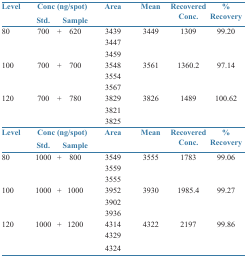
<table><thead><tr><td><b>Level</b></td><td><b>Conc</b></td><td><b>(ng/spot)</b></td><td><b>Area</b></td><td><b>Mean</b></td><td><b>Recovered</b></td><td><b>%</b></td></tr><tr><td></td><td><b>Std.</b></td><td><b>Sample</b></td><td></td><td></td><td><b>Conc.</b></td><td><b>Recovery</b></td></tr></thead><tbody><tr><td>80</td><td>700</td><td>+ 620</td><td>3439</td><td>3449</td><td>1309</td><td>99.20</td></tr><tr><td></td><td></td><td></td><td>3447</td><td></td><td></td><td></td></tr><tr><td></td><td></td><td></td><td>3459</td><td></td><td></td><td></td></tr><tr><td>100</td><td>700</td><td>+ 700</td><td>3548</td><td>3561</td><td>1360.2</td><td>97.14</td></tr><tr><td></td><td></td><td></td><td>3554</td><td></td><td></td><td></td></tr><tr><td></td><td></td><td></td><td>3567</td><td></td><td></td><td></td></tr><tr><td>120</td><td>700</td><td>+ 780</td><td>3829</td><td>3826</td><td>1489</td><td>100.62</td></tr><tr><td></td><td></td><td></td><td>3821</td><td></td><td></td><td></td></tr><tr><td></td><td></td><td></td><td>3825</td><td></td><td></td><td></td></tr><tr><td><b>Level</b></td><td><b>Conc</b></td><td><b>(ng/spot)</b></td><td><b>Area</b></td><td><b>Mean</b></td><td><b>Recovered</b></td><td><b>%</b></td></tr><tr><td></td><td><b>Std.</b></td><td><b>Sample</b></td><td></td><td></td><td><b>Conc.</b></td><td><b>Recovery</b></td></tr><tr><td>80</td><td>1000</td><td>+ 800</td><td>3549</td><td>3555</td><td>1783</td><td>99.06</td></tr><tr><td></td><td></td><td></td><td>3559</td><td></td><td></td><td></td></tr><tr><td></td><td></td><td></td><td>3555</td><td></td><td></td><td></td></tr><tr><td>100</td><td>1000</td><td>+ 1000</td><td>3952</td><td>3930</td><td>1985.4</td><td>99.27</td></tr><tr><td></td><td></td><td></td><td>3902</td><td></td><td></td><td></td></tr><tr><td></td><td></td><td></td><td>3936</td><td></td><td></td><td></td></tr><tr><td>120</td><td>1000</td><td>+ 1200</td><td>4314</td><td>4322</td><td>2197</td><td>99.86</td></tr><tr><td></td><td></td><td></td><td>4329</td><td></td><td></td><td></td></tr><tr><td></td><td></td><td></td><td>4324</td><td></td><td></td><td></td></tr></tbody></table>